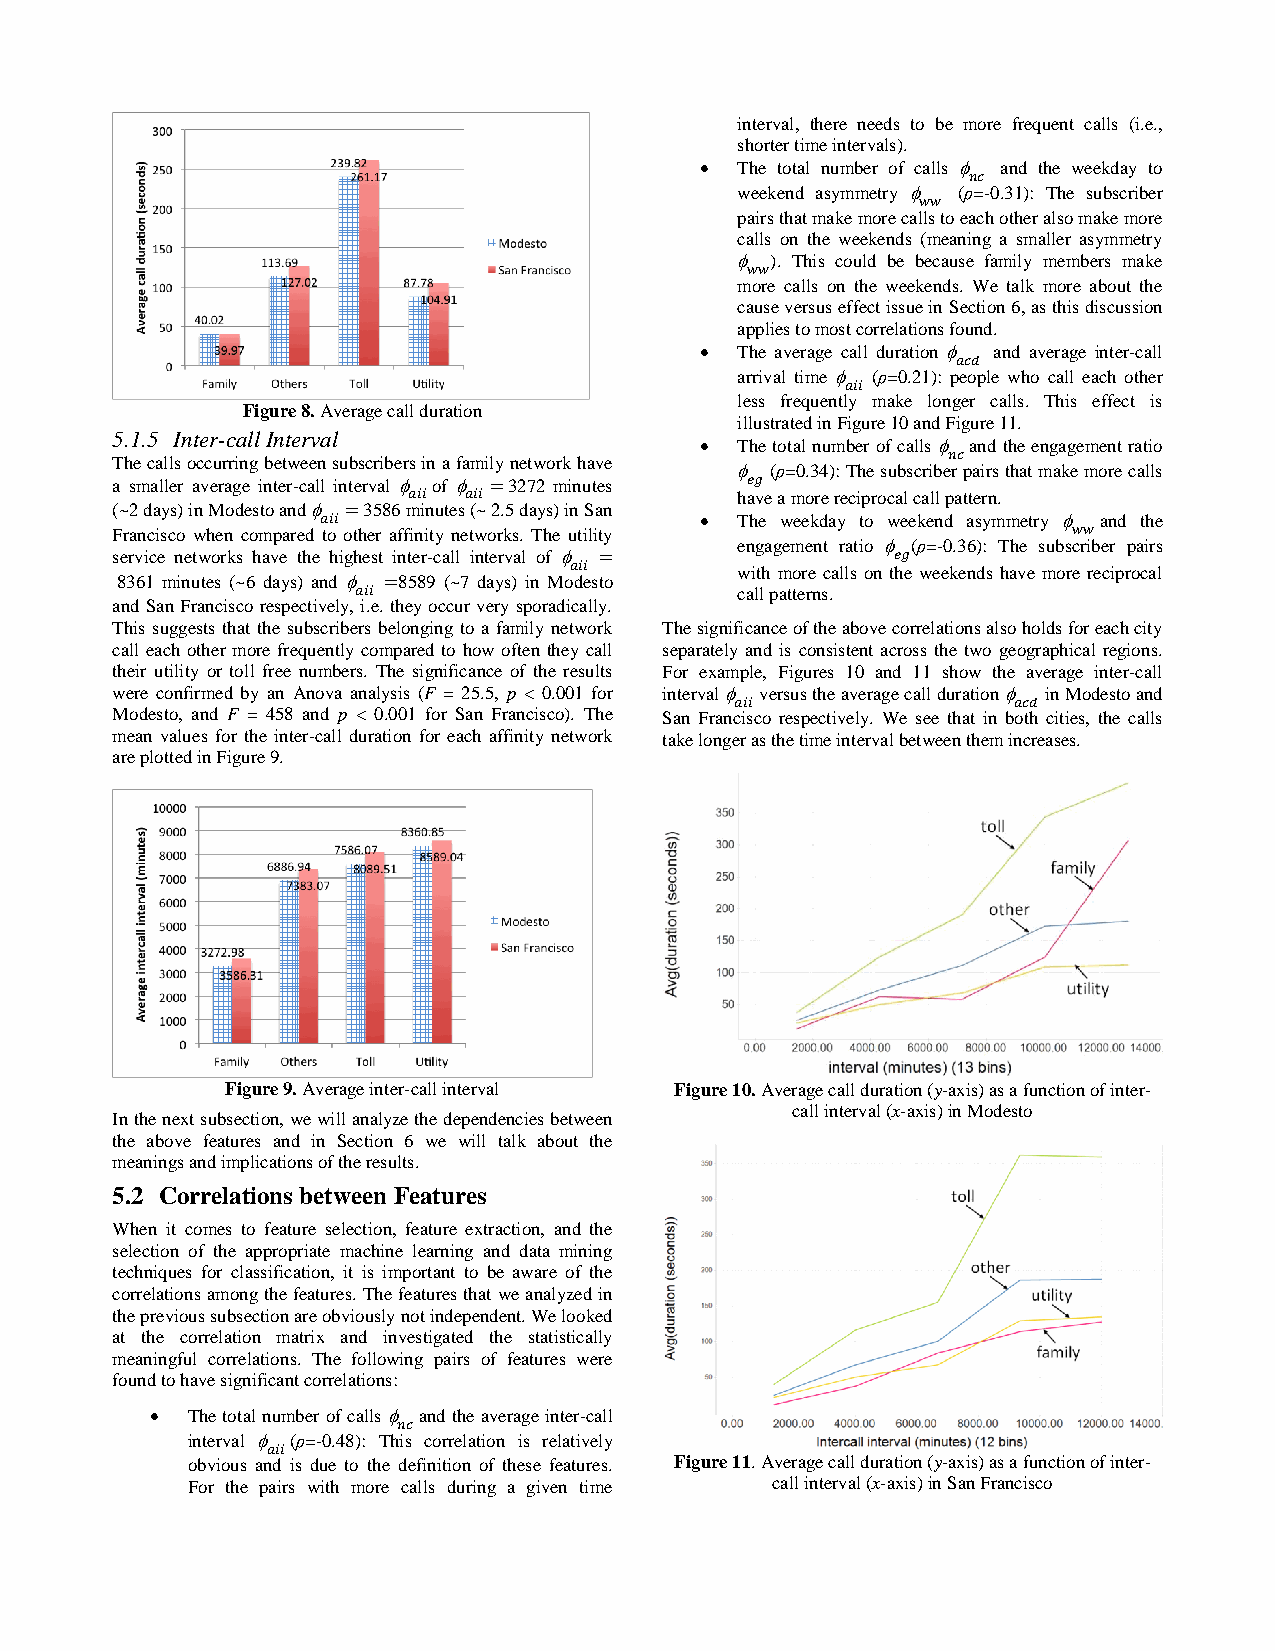
interval, there needs to be more frequent calls (i.e.,
 shorter time intervals).
   The total number of calls and the weekday to
 weekend asymmetry (ρ=-0.31): The subscriber
 pairs that make more calls to each other also make more
 calls on the weekends (meaning a smaller asymmetry
 ). This could be because family members make
 more calls on the weekends. We talk more about the
 cause versus effect issue in Section 6, as this discussion
 applies to most correlations found.
   The average call duration and average inter-call
 arrival time (ρ=0.21): people who call each other
 less frequently make longer calls. This effect is
 Figure 8. Average call duration
 illustrated in Figure 10 and Figure 11.
 5.1.5 Inter-call Interval
   The total number of calls and the engagement ratio
 The calls occurring between subscribers in a family network have
 (ρ=0.34): The subscriber pairs that make more calls
 a smaller average inter-call interval of 3272 minutes
 have a more reciprocal call pattern.
 (~2 days) in Modesto and 3586 minutes (~ 2.5 days) in San
   The weekday to weekend asymmetry and the
 Francisco when compared to other affinity networks. The utility
 engagement ratio (ρ=-0.36): The subscriber pairs
 service networks have the highest inter-call interval of
 with more calls on the weekends have more reciprocal
 8361 minutes (~6 days) and 8589 (~7 days) in Modesto
 call patterns.
 and San Francisco respectively, i.e. they occur very sporadically.
 This suggests that the subscribers belonging to a family network The significance of the above correlations also holds for each city
 call each other more frequently compared to how often they call separately and is consistent across the two geographical regions.
 their utility or toll free numbers. The significance of the results For example, Figures 10 and 11 show the average inter-call
 were confirmed by an Anova analysis (F = 25.5, p < 0.001 for interval versus the average call duration in Modesto and
 Modesto, and F = 458 and p < 0.001 for San Francisco). The San Francisco respectively. We see that in both cities, the calls
 mean values for the inter-call duration for each affinity network take longer as the time interval between them increases.
 are plotted in Figure 9.
 Figure 9. Average inter-call interval Figure 10. Average call duration (y-axis) as a function of inter-
 call interval (x-axis) in Modesto
 In the next subsection, we will analyze the dependencies between
 the above features and in Section 6 we will talk about the
 meanings and implications of the results.
 5.2 Correlations between Features
 When it comes to feature selection, feature extraction, and the
 selection of the appropriate machine learning and data mining
 techniques for classification, it is important to be aware of the
 correlations among the features. The features that we analyzed in
 the previous subsection are obviously not independent. We looked
 at the correlation matrix and investigated the statistically
 meaningful correlations. The following pairs of features were
 found to have significant correlations:
  The total number of calls and the average inter-call
 interval (ρ=-0.48): This correlation is relatively
 obvious and is due to the definition of these features. Figure 11. Average call duration (y-axis) as a function of inter-
 For the pairs with more calls during a given time call interval (x-axis) in San Francisco